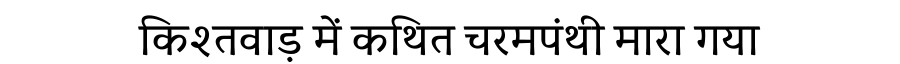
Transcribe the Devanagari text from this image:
किश्तवाड़ में कथित चरमपंथी मारा गया